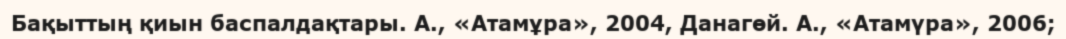
Бақыттың қиын баспалдақтары. А., «Атамұра», 2004, Данагөй. А., «Атамүра», 2006;